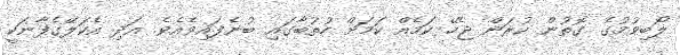
ލޯބިވުމުގެ ގޮތުން ކުރަން ޖެހޭ ކަމެއް ކަމަށް ހުތުބާގައި ބުނެފައިވެއެވެ. އަދި އެކަލޭގެފާނަކީ